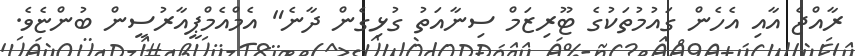
ރާއްޖެ އާއި އެހެން ގައުމުތަކުގެ ޓޫރިޒަމް ސިނާއަތު ގުޅިގެން ދާނެ" އެމްއެމްޕީއާރުސީން ބުންޏެވެ.